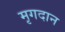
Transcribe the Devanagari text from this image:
मृगदान